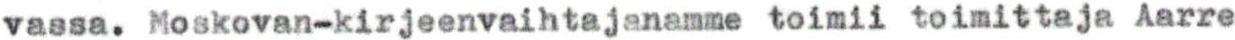
vassa. Moskovan-kirjeenvaihtajanamme toimii toimittaja Aarre